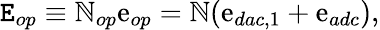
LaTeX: \mathtt{E}_{op}\equiv\mathbb{N}_{op}\mathrm{e}_{op}=\mathbb{N}(\mathrm{e}_{dac,1}+\mathrm{e}_{adc}),